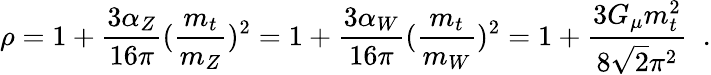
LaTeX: \rho=1+\frac{3\alpha_{Z}}{16\pi}(\frac{m_{t}}{m_{Z}})^{2}=1+\frac{3\alpha_{W}}{16\pi}(\frac{m_{t}}{m_{W}})^{2}=1+\frac{3G_{\mu}m_{t}^{2}}{8\sqrt{2}\pi^{2}}\; \; .